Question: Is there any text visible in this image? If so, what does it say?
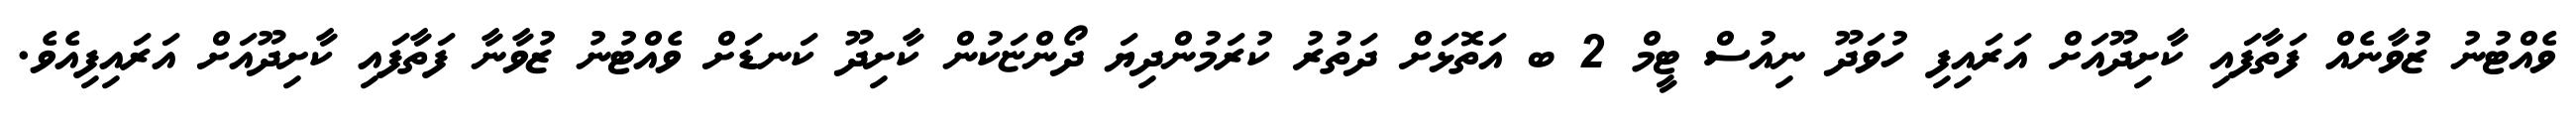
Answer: ވެއްޓުނު ޒުވާނެއް ފަތާފައި ކާށިދޫއަށް އަރައިފި ހުވަދޫ ނިއުސް ޓީމް 2 ބ އަތޮޅަށް ދަތުރު ކުރަމުންދިޔަ ދޯންޏަކުން ކާށިދޫ ކަނޑަށް ވެއްޓުނު ޒުވާނާ ފަތާފައި ކާށިދޫއަށް އަރައިފިއެވެ.